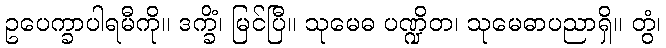
ဥပေက္ခာပါရမီကို။ ဒက္ခိံ၊ မြင်ပြီ။ သုမေဓ ပဏ္ဍိတ၊ သုမေဓာပညာရှိ။ တွံ၊